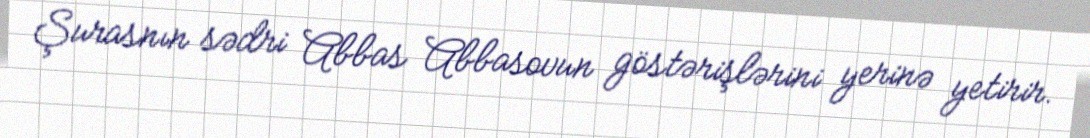
Şurasnın sədri Abbas Abbasovun göstərişlərini yerinə yetirir.